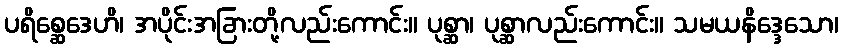
ပရိစ္ဆေဒေဟိ၊ အပိုင်းအခြားတို့လည်းကောင်း။ ပုစ္ဆာ၊ ပုစ္ဆာလည်းကောင်း။ သမယနိဒ္ဒေသော၊